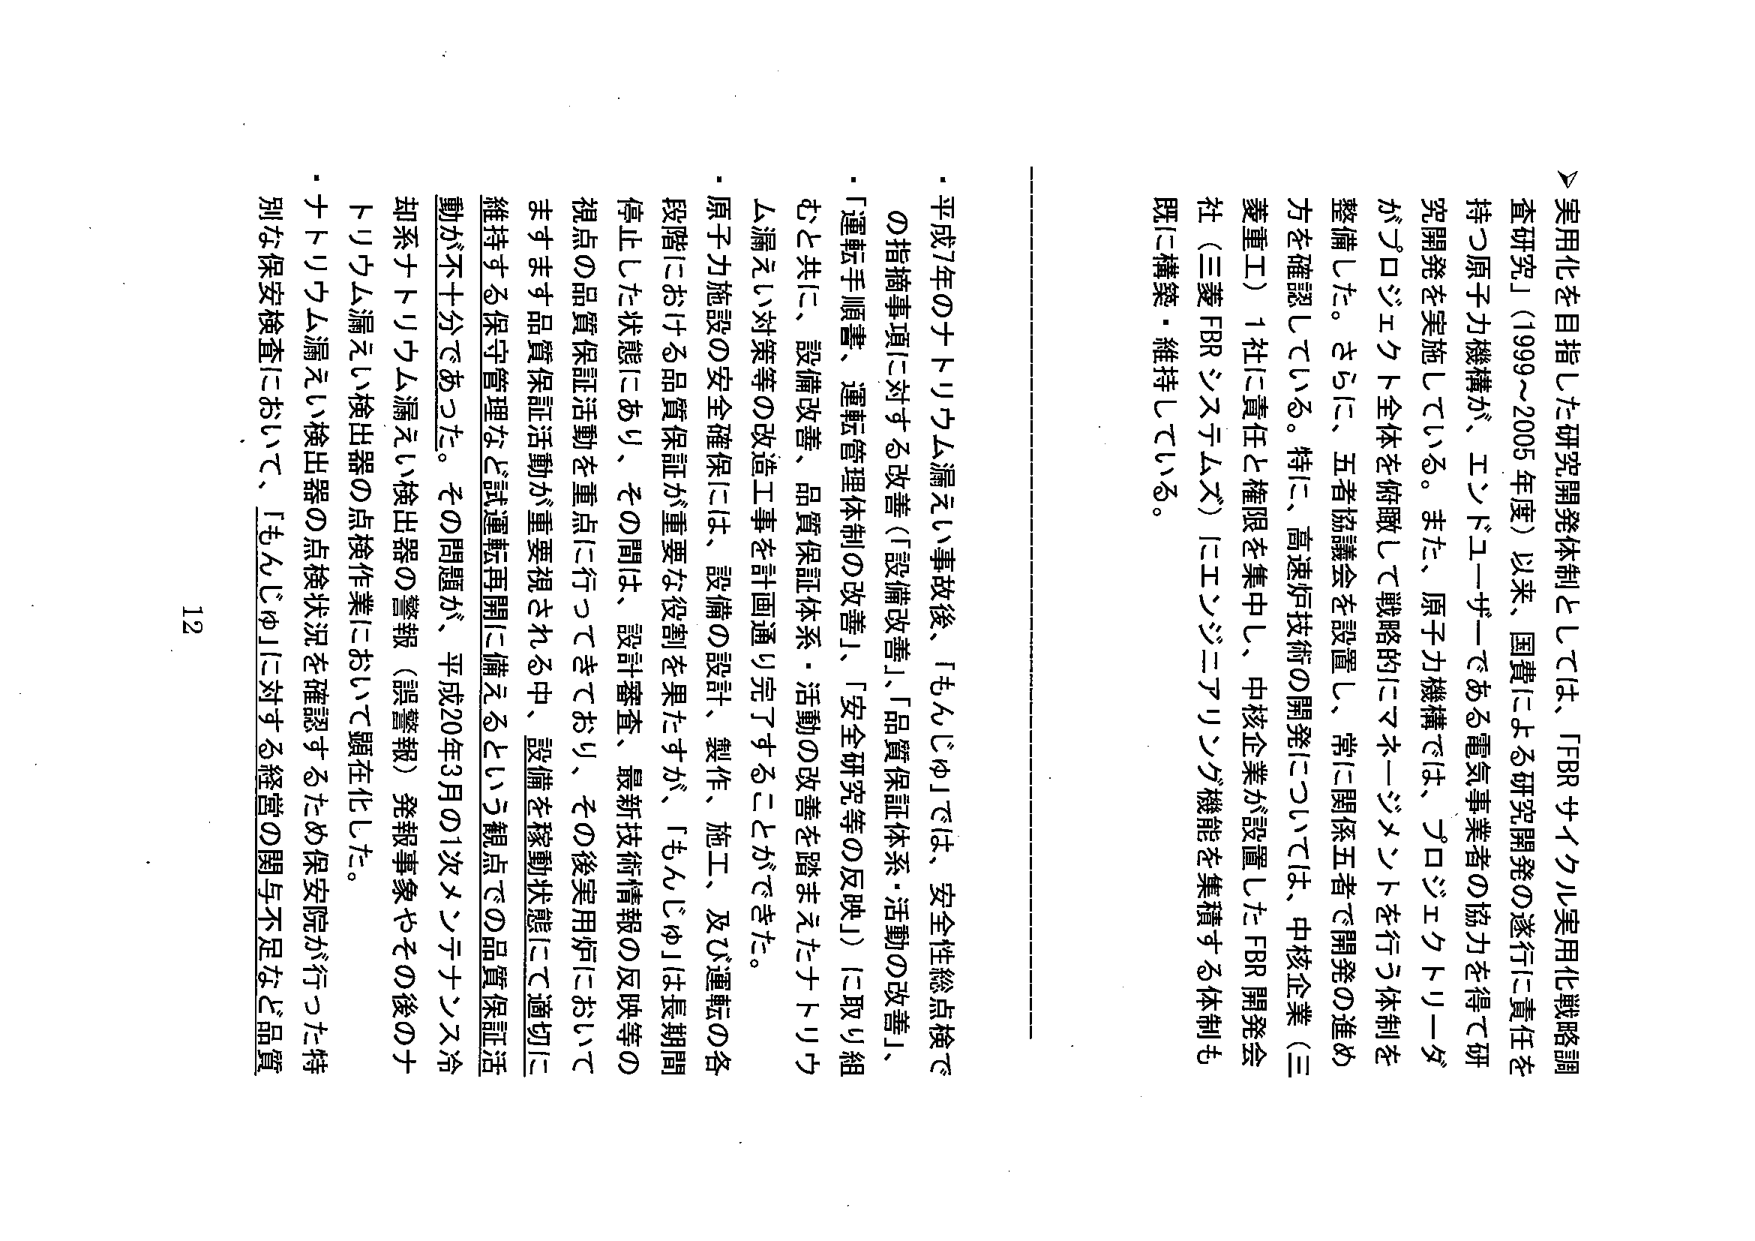
＞実用化を目指した研究開発体制としては、IFBRサイクル実用化戦略調査研究」（1999～2005年度）以来、国費による研究開発の遂行に責任を持つ原子力機構が、エンドユーザーである電気事業者の協力を得て研究開発を実施している。また、原子力機構では、プロジェクトリーダがプロジェクト全体を俯瞰して戦略的にマネージメントを行う体制を整備した。さらに、五者協議会を設置し、常に関係五者で開発の進め方を確認している。特に、高速炉技術の開発については、中核企業（三菱重工）1社に責任と権限を集中し、中核企業が設置したFBR開発会社（三菱FBRシステムズ）にエンジニアリング機能を集積する体制も既に構築・維持している。

・平成7年のナトリウム漏えい事故後、「もんじゅ」では、安全性総点検での指摘事項に対する改善（「設備改善」、「品質保証体系・活動の改善」、「運転手順書、運転管理体制の改善」、「安全研究等の反映」）に取り組むと共に、設備改善、品質保証体系・活動の改善を踏まえたナトリウム漏えい対策等の改造工事を計画通り完了することができた。

・原子力施設の安全確保には、設備の設計、製作、施工、及び運転の各段階における品質保証が重要な役割を果たすが、「もんじゅ」は長期間停止した状態にあり、その間は、設計審査、最新技術情報の反映等の視点の品質保証活動を重点に行ってきており、その後実用炉においてますます品質保証活動が重要視される中、設備を稼動状態にて適切に維持する保守管理など試運転再開に備えるという観点での品質保証活動が不十分であった。その問題が、平成20年3月の1次メシテナンス冷却系ナトリウム漏えい検出器の警報（誤警報）発報事象やその後のナトリウム漏えい検出器の点検作業において顕在化した。

・ナトリウム漏えい検出器の点検状況を確認するため保安院が行った特別な保安検査において、「もんじゅ」に対する経営の関与不足など品質

12